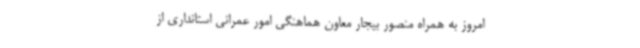
امروز به همراه منصور بیجار معاون هماهنگی امور عمرانی استانداری از